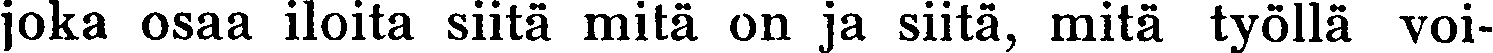
joka osaa iloita siitä mitä on ja siitä, mitä työllä voi-